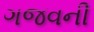
ગજવની